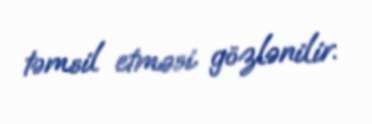
təmsil etməsi gözlənilir.